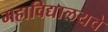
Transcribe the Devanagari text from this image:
महाविद्यालयचे